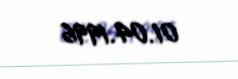
01.04.1996